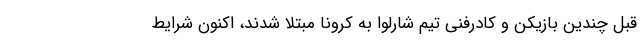
قبل چندین بازیکن و کادرفنی تیم شارلوا به کرونا مبتلا شدند، اکنون شرایط